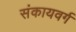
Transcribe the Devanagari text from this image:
संकायवर्ग